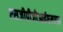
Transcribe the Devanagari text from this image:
एसजीपीजीआईएमएस